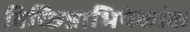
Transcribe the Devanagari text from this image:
विच्छिन्नाभिषेकांक